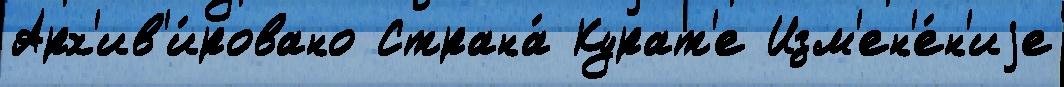
Арх'ив'и́ровано Страна́ Курат'е Изм'ен'е́н'иjе